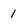
Character: 1